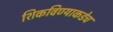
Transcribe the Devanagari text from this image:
शिकविण्याकडेच